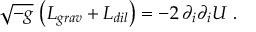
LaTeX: \sqrt { - g } \, \left( { \cal L } _ { g r a v } + { \cal L } _ { d i l } \right) = - 2 \, \partial _ { i } \partial _ { i } U \ .